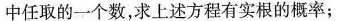
中任取的一个数，求上述方程有实根的概率；